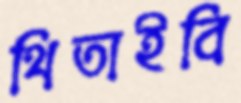
থিতাইবি